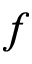
f